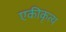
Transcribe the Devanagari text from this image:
एकीकृत्य